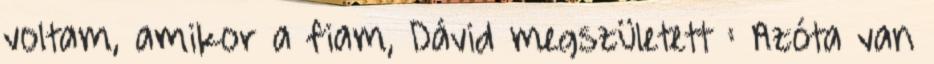
voltam, amikor a fiam, Dávid megszületett : Azóta van